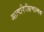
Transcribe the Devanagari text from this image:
आत्मनिरीक्षणात्मक